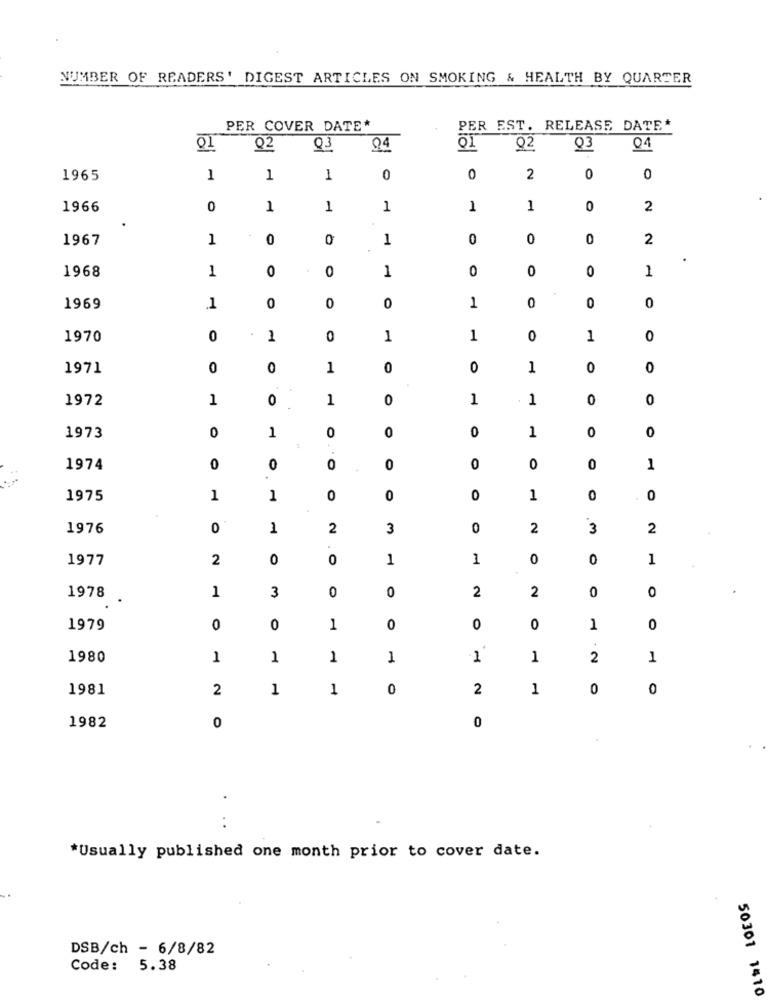
NUMBER OF READERS' DIGEST ARTICLES ON SMOKING & HEALTH BY QUARTER
PER COVER DATE*
PER EST. RELEASE DATE*
01
02
03
Q4
01
92
Q3
Q4
1965
1
1
1
0
0
2
0
0
1966
0
1
1
1
1
1
0
2
1967
1
0
0
1
0
0
0
2
1968
1
0
0
1
0
0
0
1
0
0
1969
.1
0
0
1
0
0
1970
0
1
0
1
1
0
1
0
1971
0
0
1
0
0
1
0
0
1972
1
0
1
0
1
1
0
0
0
0
0
1
0
0
1973
1
0
1974
0
0
0
0
0
0
0
1
1975
1
1
0
0
0
1
0
0
1976
0
1
2
3
0
2
3
2
1977
2
0
0
1
1
0
0
1
1
3
0
0
2
2
0
.
1978
O
1979
0
0
1
0
0
0
1
0
1980
1
1
1
1
1
1
.2
1
1981
2
1
1
0
2
1
0
0
0
0
1982
*Usually published one month prior to cover date.
DSB/ch - 6/8/82
Code: 5.38
50301 1410